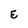
Character: E